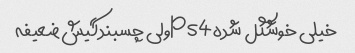
خیلی خوشگل شدهps4ولی چسبندگیش ضعیفه